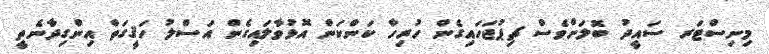
މިނިސްޓަރ ސައީދު ބޮލަށްވެސް ޗިޕުޖަހައިގެން ހުރިހާ ކަންކަން އޮޅުވާލައިގެން އަސްލު ހަޤީގަތް އިންގިދާނެތީ